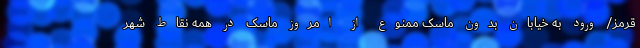
قرمز/ ورود به خیابان‌ بدون ماسک ممنوع از امروز ماسک در همه نقاط شهر